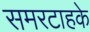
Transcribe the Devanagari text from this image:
समरटाहके